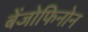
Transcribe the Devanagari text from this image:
बेंजोफिनोन